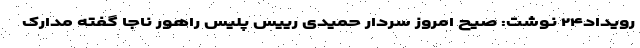
رویداد۲۴ نوشت: صیح امروز سردار حمیدی رییس پلیس راهور ناجا گفته مدارک